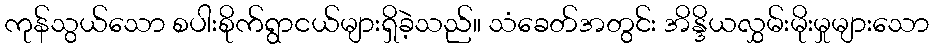
ကုန်သွယ်သော စပါးစိုက်ရွာငယ်များရှိခဲ့သည်။ သံခေတ်အတွင်း အိန္ဒိယလွှမ်းမိုးမှုများသော